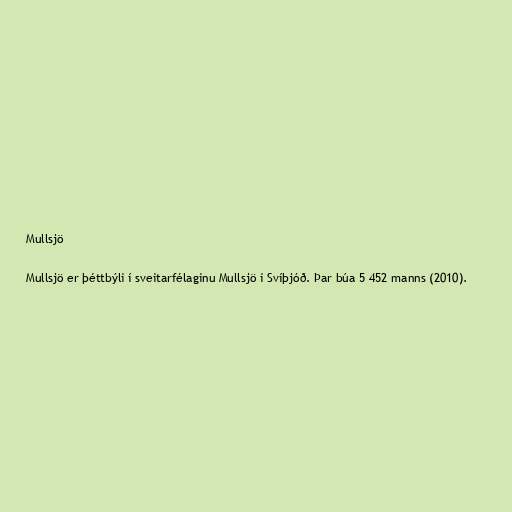
Mullsjö

Mullsjö er þéttbýli í sveitarfélaginu Mullsjö i Svíþjóð. Þar búa 5 452 manns (2010).